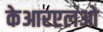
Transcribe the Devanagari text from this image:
केआरएलओ